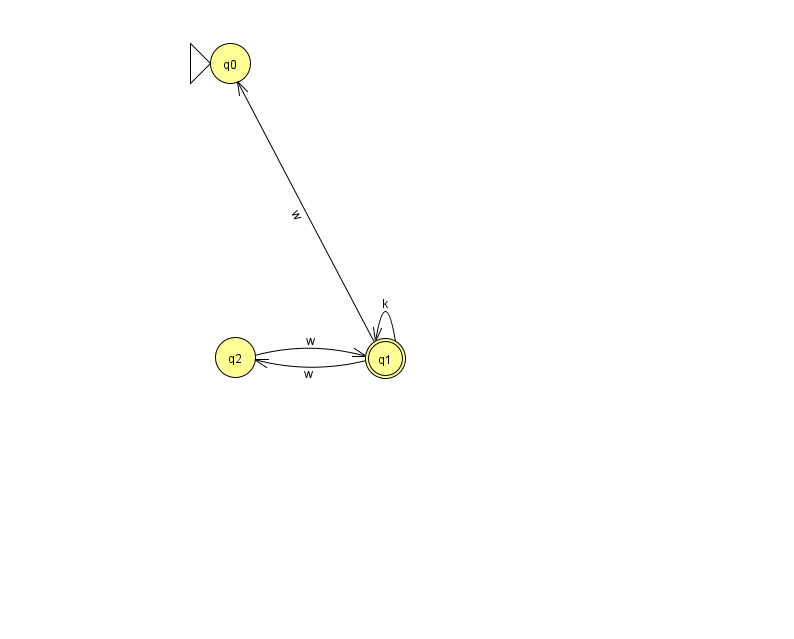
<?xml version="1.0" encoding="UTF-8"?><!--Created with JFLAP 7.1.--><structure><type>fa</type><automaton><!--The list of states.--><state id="0" name="q0"><x>230.0</x><y>50.0</y><initial/></state><state id="1" name="q1"><x>385.0</x><y>345.0</y><final/></state><state id="2" name="q2"><x>235.0</x><y>344.0</y></state><!--The list of transitions.--><transition><from>1</from><to>0</to><read>w</read></transition><transition><from>1</from><to>2</to><read>w</read></transition><transition><from>2</from><to>1</to><read>w</read></transition><transition><from>1</from><to>1</to><read>k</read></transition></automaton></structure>